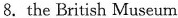
8. the British Museum